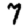
Digit: 7